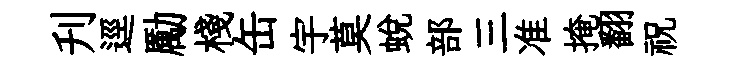
刋逕勵棧缶宇莫蜕部三准掩翻祝